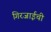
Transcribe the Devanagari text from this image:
गिरजाईची